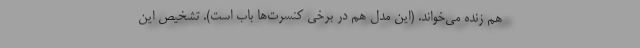
هم زنده می‌خواند. (این مدل هم در برخی کنسرت‌ها باب است). تشخیص این